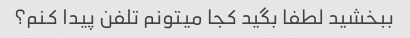
ببخشید لطفا بگید کجا میتونم تلفن پیدا کنم؟